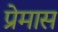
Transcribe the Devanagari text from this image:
प्रेमास